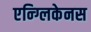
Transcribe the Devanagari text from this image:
एन्ग्लिकेनस